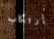
إرتكاب